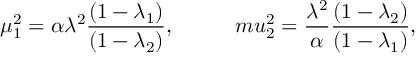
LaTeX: \mu _ { 1 } ^ { 2 } = \alpha \lambda ^ { 2 } \frac { ( 1 - \lambda _ { 1 } ) } { ( 1 - \lambda _ { 2 } ) } , \ \ \ \ \ \ \ \ \, m u _ { 2 } ^ { 2 } = \frac { \lambda ^ { 2 } } { \alpha } \frac { ( 1 - \lambda _ { 2 } ) } { ( 1 - \lambda _ { 1 } ) } ,